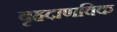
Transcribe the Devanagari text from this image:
बृहदाणविक